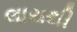
લારાથી